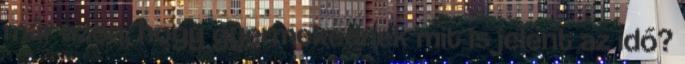
már azon, hogy gyermekednek mit is jelent az idő?